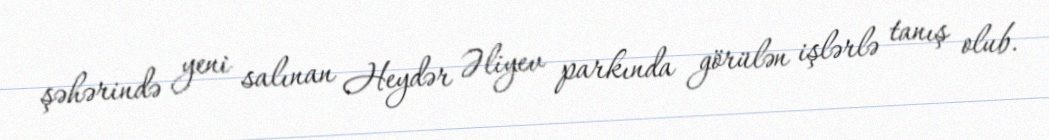
şəhərində yeni salınan Heydər Əliyev parkında görülən işlərlə tanış olub.